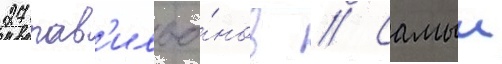
27 пав'ильо́нов // Самыи